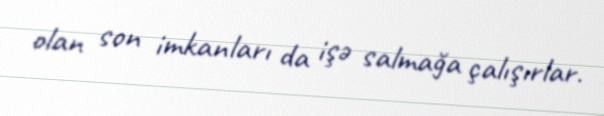
olan son imkanları da işə salmağa çalışırlar.